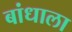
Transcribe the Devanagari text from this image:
बांधाला